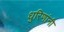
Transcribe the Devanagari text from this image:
धुरिणांनी